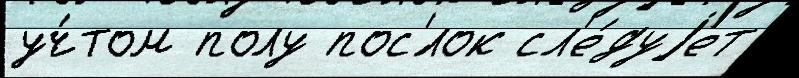
уч́том полу пос'́лок сл'е́дуjет